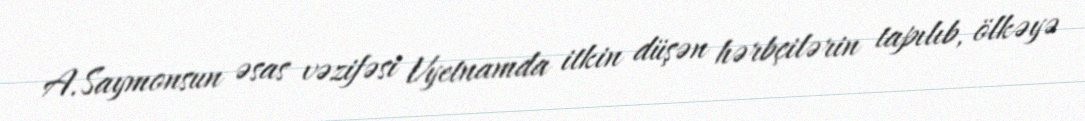
A.Saymonsun əsas vəzifəsi Vyetnamda itkin düşən hərbçilərin tapılıb, ölkəyə